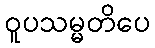
ဝူပသမ္မတိပေ